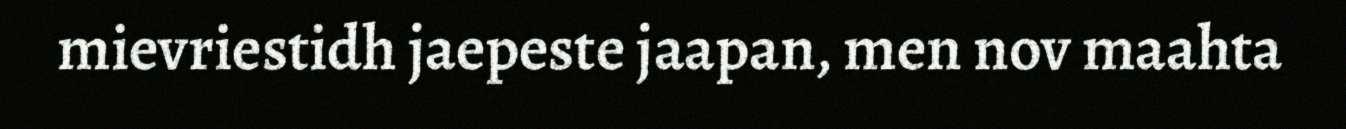
mievriestidh jaepeste jaapan, men nov maahta